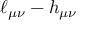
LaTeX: \ell _ { \mu \nu } - h _ { \mu \nu }